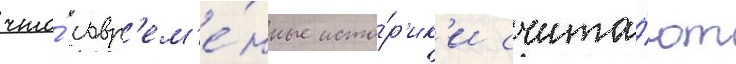
что́ совр'ем'е́нные исто́р'ик'и счита́ют